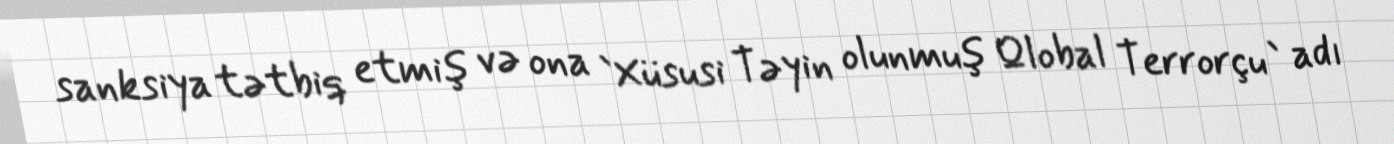
sanksiya tətbiq etmiş və ona `Xüsusi Təyin olunmuş Qlobal Terrorçu` adı